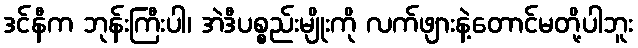
ဒင်နီက ဘုန်းကြီးပါ၊ အဲဒီပစ္စည်းမျိုးကို လက်ဖျားနဲ့တောင်မတို့ပါဘူး